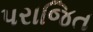
પરાજિત